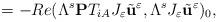
LaTeX: \begin{align*}=-Re(\Lambda^{s}\textbf{P}T_{iA}J_{\varepsilon} \tilde{\textbf{u}}^{\varepsilon}, \Lambda^{s} J_{\varepsilon}\tilde{\textbf{u}}^{\varepsilon})_{0},\end{align*}